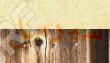
سيرسل